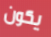
يكون